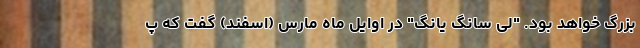
بزرگ خواهد بود. "لی سانگ یانگ" در اوایل ماه مارس (اسفند) گفت که پ